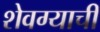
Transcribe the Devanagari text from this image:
शेवग्याची